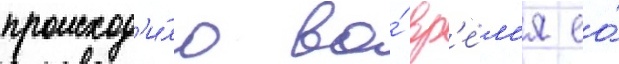
происход'и́ло во́ вр'е́м'я ео́